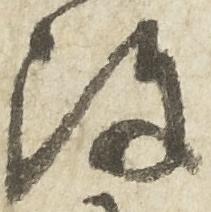
陣